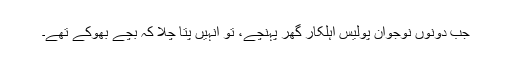
جب دونوں نوجوان پولیس اہلکار گھر پہنچے، تو انہیں پتا چلا کہ بچے بھوکے تھے۔